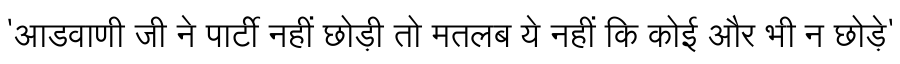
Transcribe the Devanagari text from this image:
'आडवाणी जी ने पार्टी नहीं छोड़ी तो मतलब ये नहीं कि कोई और भी न छोड़े'